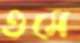
গুমে